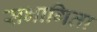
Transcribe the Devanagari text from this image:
सभागिता